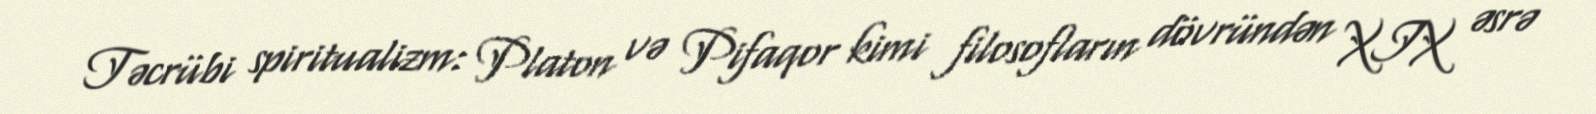
Təcrübi spiritualizm: Platon və Pifaqor kimi filosofların dövründən XIX əsrə